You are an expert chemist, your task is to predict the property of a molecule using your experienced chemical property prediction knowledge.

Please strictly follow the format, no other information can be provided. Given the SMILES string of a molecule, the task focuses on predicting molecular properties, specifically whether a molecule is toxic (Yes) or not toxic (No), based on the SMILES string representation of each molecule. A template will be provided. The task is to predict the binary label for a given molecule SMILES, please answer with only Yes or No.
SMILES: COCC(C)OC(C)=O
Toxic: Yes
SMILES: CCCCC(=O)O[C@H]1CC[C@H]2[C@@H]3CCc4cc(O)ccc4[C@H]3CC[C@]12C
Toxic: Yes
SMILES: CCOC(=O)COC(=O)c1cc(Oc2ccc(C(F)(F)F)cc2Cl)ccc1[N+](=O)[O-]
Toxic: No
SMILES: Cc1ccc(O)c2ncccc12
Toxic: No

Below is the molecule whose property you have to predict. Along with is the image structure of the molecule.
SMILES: CC(C)Oc1cc(-n2nc(C(C)(C)C)oc2=O)c(Cl)cc1Cl
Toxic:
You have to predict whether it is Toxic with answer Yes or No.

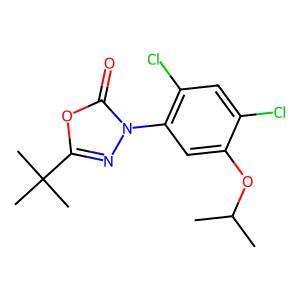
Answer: No